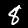
Label: 8